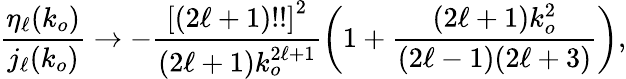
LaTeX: \frac{\eta_{\ell}(k_{o})}{j_{\ell}(k_{o})}\rightarrow-\frac{\left[(2\ell+1)!!\right]^{2}}{(2\ell+1)k_{o}^{2\ell+1}}\bigg(1+\frac{(2\ell+1)k_{o}^{2}}{(2\ell-1)(2\ell+3)}\bigg),